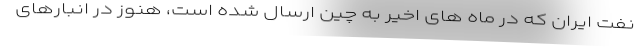
نفت ایران که در ماه های اخیر به چین ارسال شده است، هنوز در انبارهای